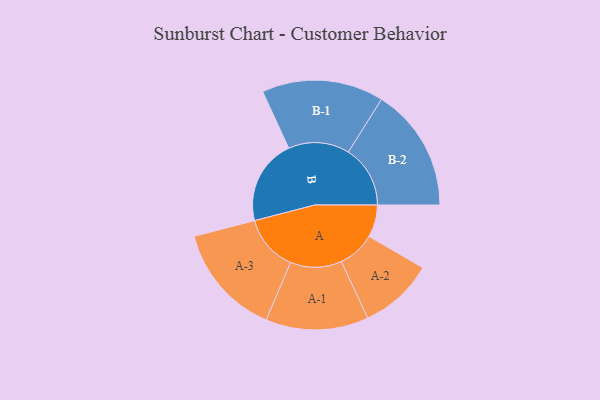
{"axis": {"x": "Segment", "y": "Value"}, "legend": ["", "A", "B"], "data": [{"x": "A", "y": 135, "type": ""}, {"x": "B", "y": 357, "type": ""}, {"x": "A-1", "y": 215, "type": "A"}, {"x": "A-2", "y": 156, "type": "A"}, {"x": "A-3", "y": 235, "type": "A"}, {"x": "B-1", "y": 255, "type": "B"}, {"x": "B-2", "y": 259, "type": "B"}]}